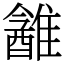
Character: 䨄